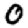
Digit: 0